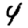
Digit: 4